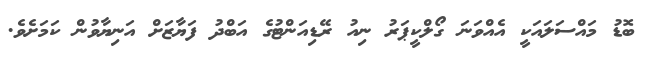
ބޮޑު މައްސަލައަކީ އެއްވަނަ ގޯލްކީޕަރު ނިއު ރޭޑިއަންޓުގެ އަބްދު ފަޔާޒަށް އަނިޔާވުން ކަމަށެވެ.